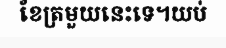
ខែត្រមួយនេះទេ។យប់